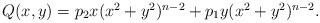
LaTeX: \begin{align*}\begin{array}{l}Q(x,y)=p_2x(x^2+y^2)^{n-2}+p_1y(x^2+y^2)^{n-2}.\end{array}\end{align*}